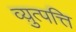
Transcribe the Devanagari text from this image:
व्य़ुत्पत्ति